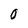
Character: 0